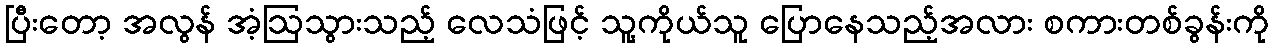
ပြီးတော့ အလွန် အံ့ဩသွားသည့် လေသံဖြင့် သူ့ကိုယ်သူ ပြောနေသည့်အလား စကားတစ်ခွန်းကို